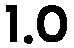
1.0